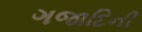
ગજાદિની